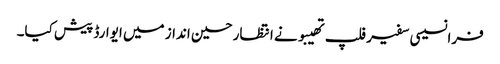
فرانسیسی سفیر فلپ تھیبو نے انتظار حسین انداز میں ایوارڈ پیش کیا۔